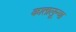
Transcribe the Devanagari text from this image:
कातालून्या